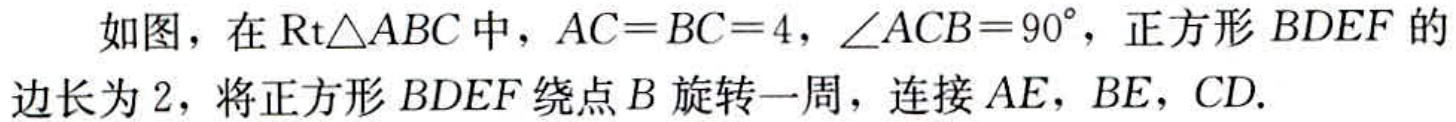
如图，在$\text{Rt}\triangle ABC$中，$AC = BC = 4$，$\angle ACB = 90^{\circ}$，正方形$BDEF$的边长为$2$，将正方形$BDEF$绕点$B$旋转一周，连接$AE$，$BE$，$CD$.